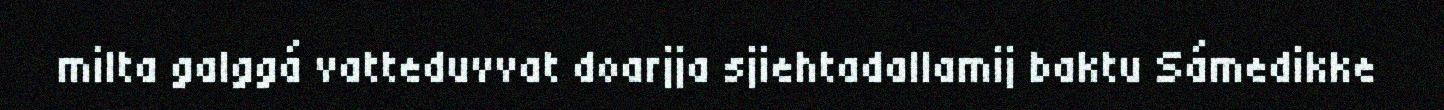
milta galggá vatteduvvat doarjja sjiehtadallamij baktu Sámedikke